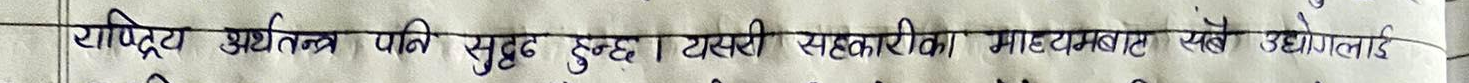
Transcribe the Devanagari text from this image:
राष्ट्रिय अर्थतन्त्र पनि सुदृढ हुन्छ। यसरी सहकारीका माध्यमबाट सबै उद्योगलाई